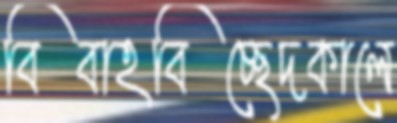
বিবাহবিচ্ছেদকালে